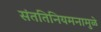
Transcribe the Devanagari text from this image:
संततिनियमनामुळे